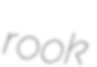
rook